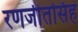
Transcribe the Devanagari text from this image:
रणजीतसिहं